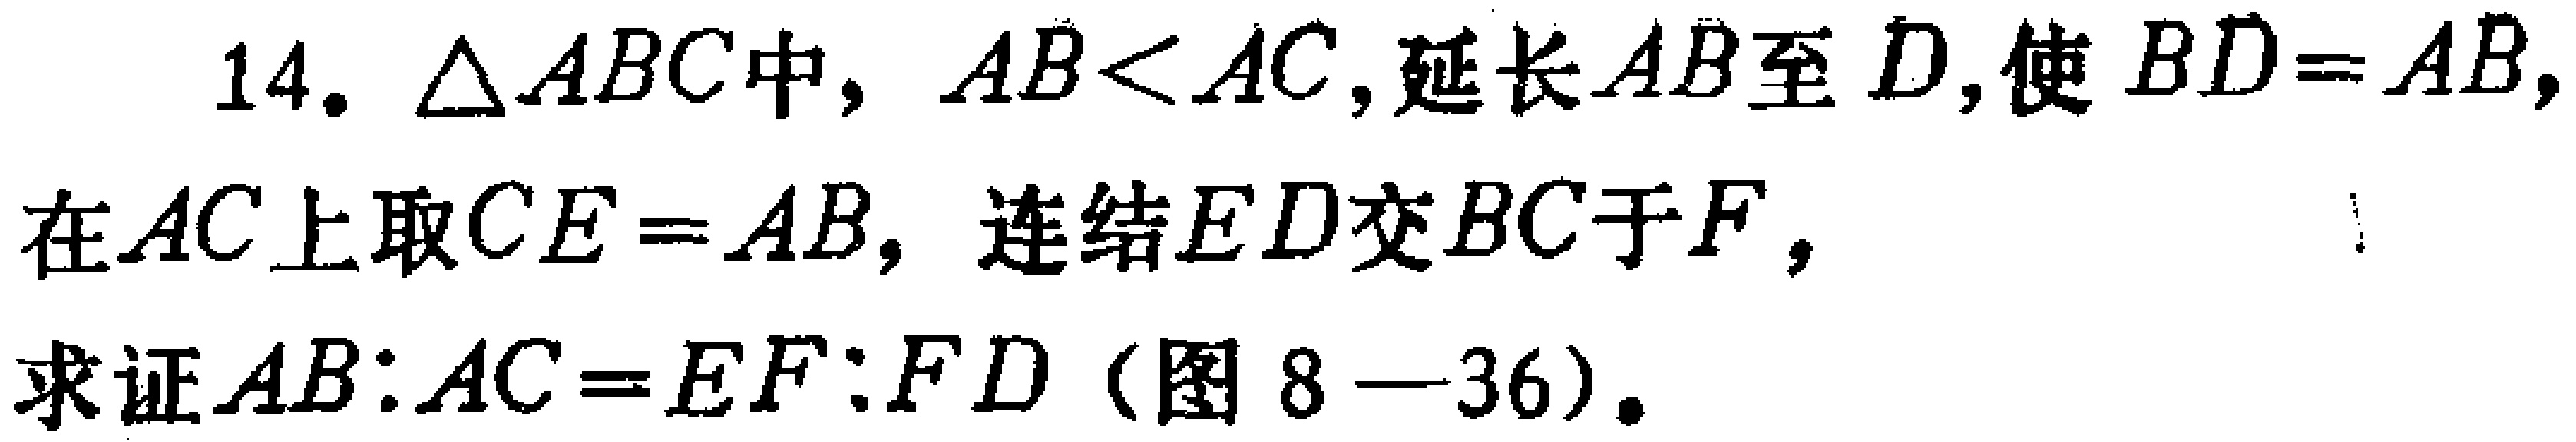
14. $\triangle ABC$中，$AB<AC$，延长$AB$至$D$，使$BD = AB$，在$AC$上取$CE = AB$，连结$ED$交$BC$于$F$，求证$AB:AC = EF:FD$（图8—36）。